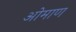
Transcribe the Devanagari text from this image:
ओमाण